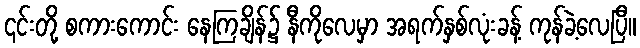
၎င်းတို့ စကားကောင်း နေကြချိန်၌ နီကိုလေမှာ အရက်နှစ်လုံးခန့် ကုန်ခဲ့လေပြီ။